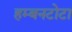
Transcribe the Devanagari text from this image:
हम्बनटोटा